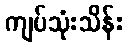
ကျပ်သုံးသိန်း